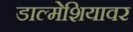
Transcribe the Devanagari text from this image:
डाल्मेशियावर